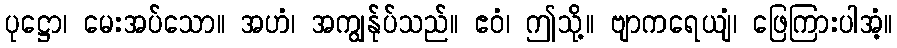
ပုဋ္ဌော၊ မေးအပ်သော။ အဟံ၊ အကျွန်ုပ်သည်။ ဧဝံ၊ ဤသို့။ ဗျာကရေယျံ၊ ဖြေကြားပါအံ့။